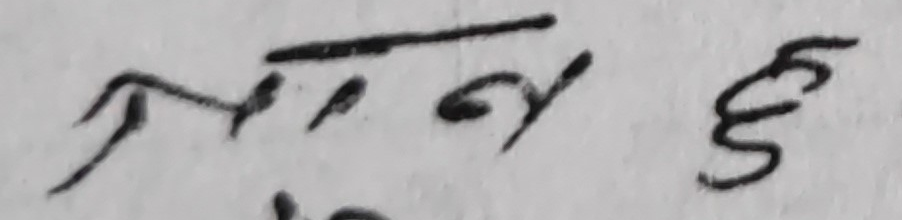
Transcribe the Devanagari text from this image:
प्राण छ